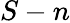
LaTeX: S-n